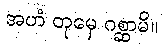
အဟံ တုမှေ ဂစ္ဆာမိ။